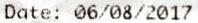
DATE: 06/08/2017